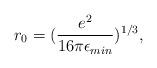
LaTeX: \begin{align*}r_0=(\frac{e^2}{16\pi \epsilon_{min}})^{1/3},\end{align*}